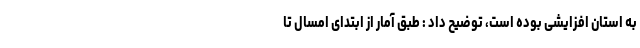
به استان افزایشی بوده است، توضیح داد : طبق آمار از ابتدای امسال تا